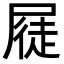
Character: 𭕫